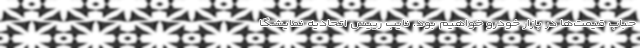
حباب قیمت‌ها در بازار خودرو خواهیم بود. نایب رییس اتحادیه نمایشگا